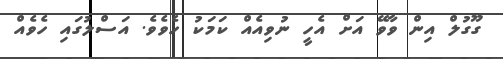
ގޫގުލް އިން ވާވޭ އަށް އެހީ ނުވިއެއް ކަމަކު ހެވެެވެ. އަސްލުގައި ހެވެއް